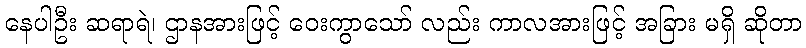
နေပါဦး ဆရာရဲ၊ ဌာနအားဖြင့် ဝေးကွာသော် လည်း ကာလအားဖြင့် အခြား မရှိ ဆိုတာ